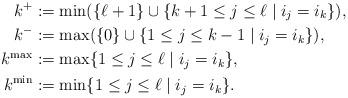
LaTeX: \begin{align*}k^{+} & :=\min(\{\ell+1\}\cup\{k+1\leq j\leq\ell\mid i_{j}=i_{k}\}),\\k^{-} & :=\max(\{0\}\cup\{1\leq j\leq k-1\mid i_{j}=i_{k}\}),\\k^{\mathrm{max}} & :=\max\{1\leq j\leq\ell\mid i_{j}=i_{k}\},\\k^{\mathrm{min}} & :=\min\{1\leq j\leq\ell\mid i_{j}=i_{k}\}.\end{align*}